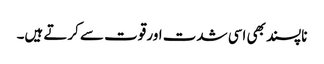
ناپسند بھی اسی شدت اور قوت سے کرتے ہیں۔